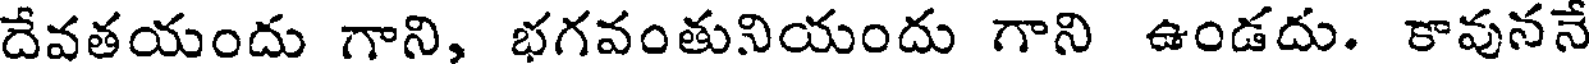
దేవతయందు గాని, భగవంతునియందు గాని ఉండదు. కావుననే